Civil Veterinary Department Bihar & Orissa reports 1929-36 - 1929-1936
Year: 1929
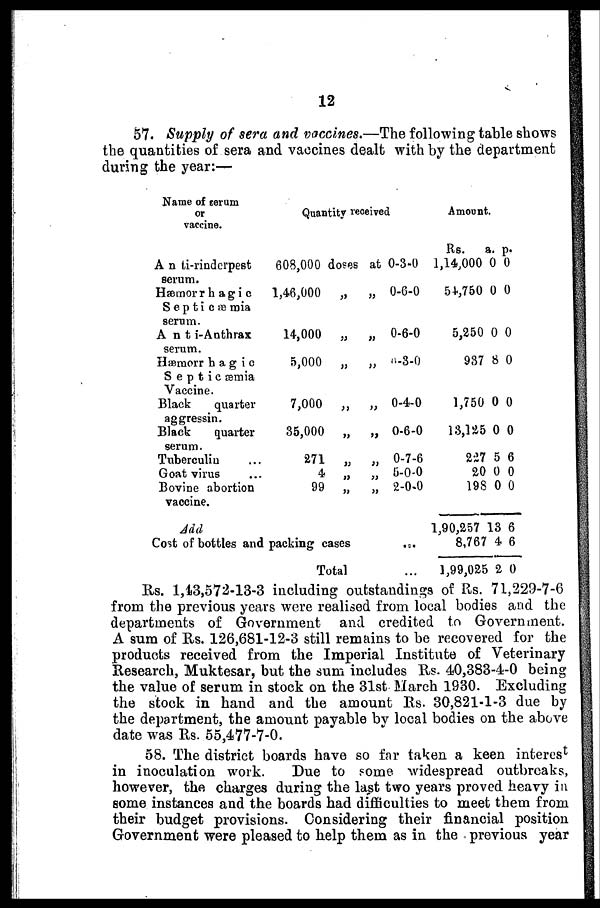
12
57. Supply of sera and vaccines.—The following table shows
the quantities of sera and vaccines dealt with by the department
during the year:—
Name of serum
or
vaccine.
A n ti-rinderpest
serum.
Hjemorr h agi c
S e p t i c æ mia
serum.
Ant i-Anthrax
serum.
Hæraorr hag io
Septicæmia
Vaccine.
Black
quarter
aggressin.
Black
quarter
serum.
Tuberculiu
Goat virus
Bovine abortion
vaccine.
Quantity received
608,000 doses at
1,46,000
„
„
14,000
„
„
5,000
„
„
7,000
„
„
35,000
„
„
271 „ „
4
„
„
99
„
„
0-3-0
0-6-0
0-6-0
"-S-0
0-4-0
0-6-0
0-7-6
0-0-0
2-0-0
Add
Cost of bottles and packing cases
...
Total ...
Amount.
Rs.
1,14,000
54.,7B0
5,250
937
1,750
13,125
227
20
198
1,90,257
8,767
1,99,025
a.
0
0
0
8
0
0
5
0
0
13
4
2
p.
0
0
0
0
0
0
6
0
0
6
6
0
Rs. 1,43,572-13-3 including outstandings of Rs. 71,229-7-6
from the previous years were realised from local bodies and the
departments of Government and credited to Government.
A sura of Rs. 126,681-12-3 still remains to be recovered for the
products received from the Imperial Institute of Veterinary
Research, Muktesar, but the sum includes Rs. 40,383-4-0 being
the value of serum in stock on the 31st March 1930. Excluding
the stock in hand and the amount Rs. 30,821-1-3 due by
the department, the amount payable by local bodies on the above
date was Rs. 55,477-7-0.
58. The district boards have so far taken a keen interest
in inoculation work.
Due to some widespread outbreaks,
however, the charges during the last two years proved heavy in
some instances and the boards had difficulties to meet them from
their budget provisions. Considering their financial position
Government were pleased to help them as in the previous year